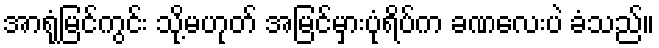
အာရုံမြင်ကွင်း သို့မဟုတ် အမြင်မှားပုံရိပ်က ခဏလေးပဲ ခံသည်။